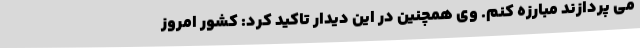
می پردازند مبارزه کنم. وی همچنین در این دیدار تاکید کرد: کشور امروز